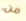
من